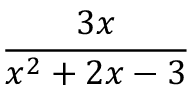
\frac { 3 x } { x ^ { 2 } + 2 x - 3 }